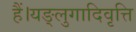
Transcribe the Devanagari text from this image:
हैं।यङ्लुगादिवृत्ति